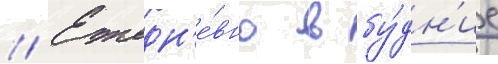
// Ежедн'е́вно в бу́дн'ие